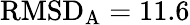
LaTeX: \mathrm{RMSD}_{\mathrm{A}}=11.6